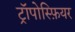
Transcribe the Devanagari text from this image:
ट्रॉपोस्फ़ियर